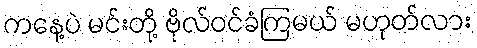
ကနေ့ပဲ မင်းတို့ ဗိုလ်ဝင်ခံကြမယ် မဟုတ်လား